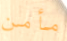
مأمن